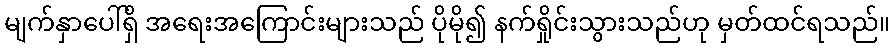
မျက်နှာပေါ်ရှိ အရေးအကြောင်းများသည် ပိုမို၍ နက်ရှိုင်းသွားသည်ဟု မှတ်ထင်ရသည်။